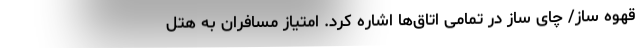
قهوه ساز/ چای ساز در تمامی اتاق‌ها اشاره کرد. امتیاز مسافران به هتل